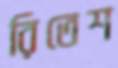
রিতেশ